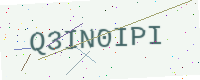
Text: Q3IN0IPI